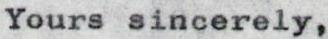
Yours sincerely,